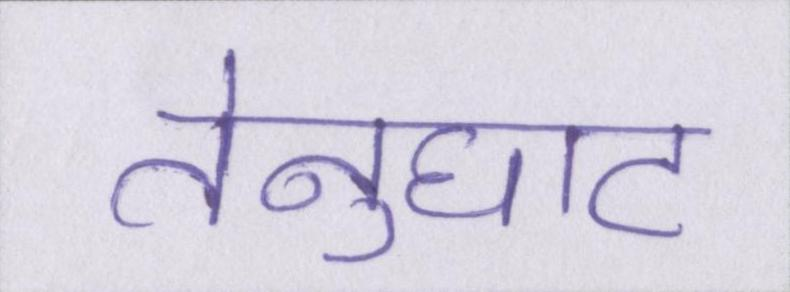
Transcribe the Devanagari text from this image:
तेनुघाट